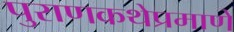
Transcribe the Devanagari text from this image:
पुराणकथेप्रमाणे